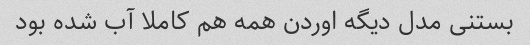
بستنی مدل دیگه اوردن همه هم کاملا آب شده بود